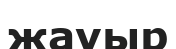
жауыр